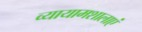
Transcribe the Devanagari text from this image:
व्यायामशालाएं